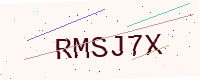
Text: RMSJ7X